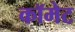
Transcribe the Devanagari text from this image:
कॉमेट